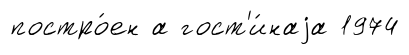
постро́ен а гост'и́наjа 1974